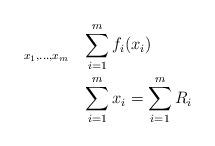
LaTeX: \begin{align*}\begin{aligned}& \underset{x_{1}, \hdots, x_{m}}{}& & \sum_{i=1}^{m} f_{i}(x_{i}) \\& & & \sum_{i=1}^{m} x_{i}= \sum_{i=1}^{m} R_{i}\end{aligned}\end{align*}